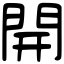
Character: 開